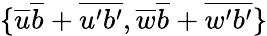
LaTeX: \{ \overline{{u}}\overline{{b}}+\overline{{u^{\prime}b^{\prime}}},\overline{{w}}\overline{{b}}+\overline{{w^{\prime}b^{\prime}}}\}